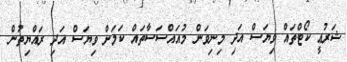
ޝަރުޢީ ކޯޓްތައް ވިޔަސް އަދި މިނިވަން މުއައްސަސާތައް ކަމަށް ވިޔަސް އަދި ރައްޔިތުން